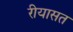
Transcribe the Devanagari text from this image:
रीयासत